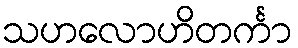
သဟလောဟိတင်္ကာ